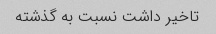
تاخیر داشت نسبت به گذشته